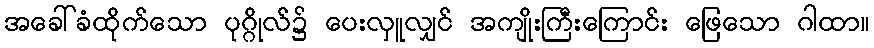
အခေါ်ခံထိုက်သော ပုဂ္ဂိုလ်၌ ပေးလှူလျှင် အကျိုးကြီးကြောင်း ဖြေသော ဂါထာ။